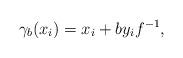
LaTeX: \begin{align*} \gamma_b(x_i)=x_i+by_if^{-1},\end{align*}